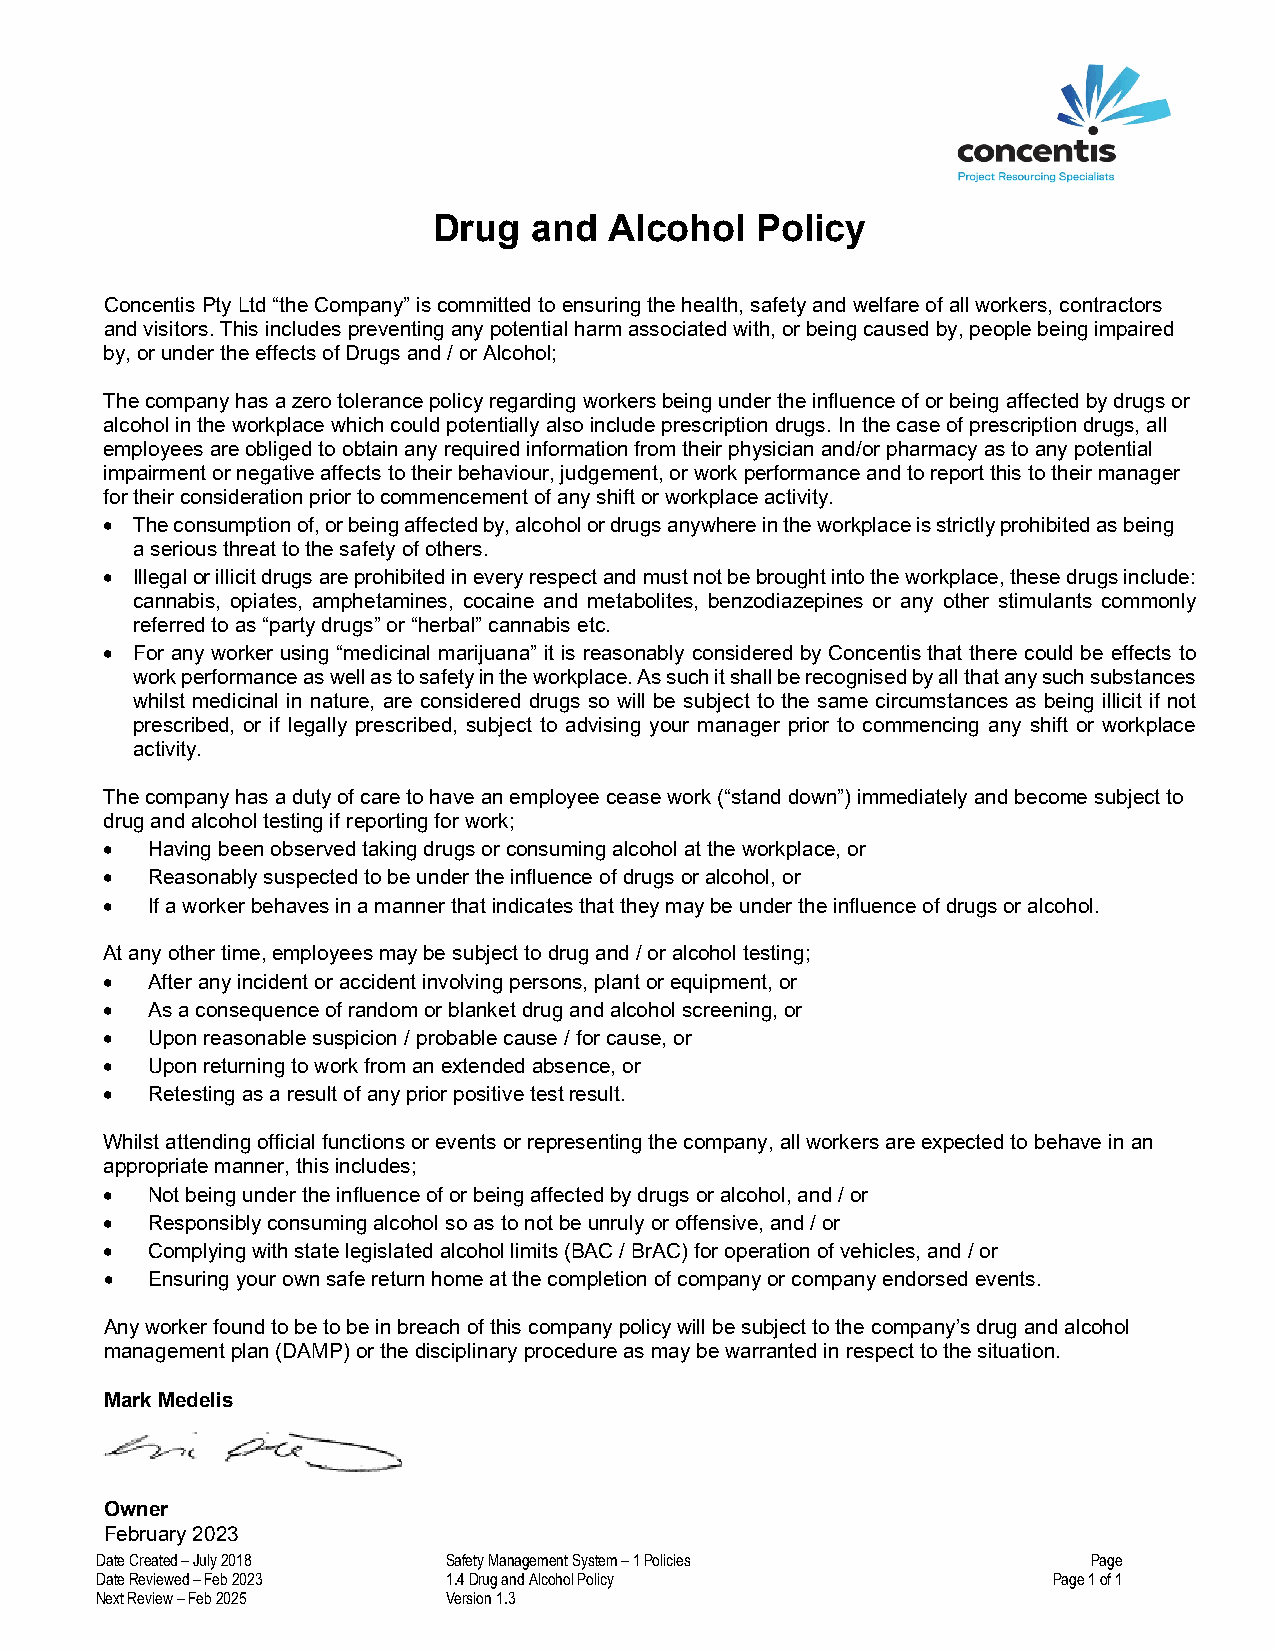
Drug  and  Alcohol   Policy
 Concentis Pty Ltd “the Company” is committed to ensuring the health, safety and welfare of all workers, contractors
 and visitors. This includes preventing any potential harm associated with, or being caused by, people being impaired
 by, or under the effects of Drugs and / or Alcohol;
 The company has a zero tolerance policy regarding workers being under the influence of or being affected by drugs or
 alcohol in the workplace which could potentially also include prescription drugs. In the case of prescription drugs, all
 employees are obliged to obtain any required information from their physician and/or pharmacy as to any potential
 impairment or negative affects to their behaviour, judgement, or work performance and to report this to their manager
 for their consideration prior to commencement of any shift or workplace activity.
 • The consumption of, or being affected by, alcohol or drugs anywhere in the workplace is strictly prohibited as being
 a serious threat to the safety of others.
 • Illegal or illicit drugs are prohibited in every respect and must not be brought into the workplace, these drugs include:
 cannabis, opiates, amphetamines, cocaine and metabolites, benzodiazepines or any other stimulants commonly
 referred to as “party drugs” or “herbal” cannabis etc.
 • For any worker using “medicinal marijuana” it is reasonably considered by Concentis that there could be effects to
 work performance as well as to safety in the workplace. As such it shall be recognised by all that any such substances
 whilst medicinal in nature, are considered drugs so will be subject to the same circumstances as being illicit if not
 prescribed, or if legally prescribed, subject to advising your manager prior to commencing any shift or workplace
 activity.
 The company has a duty of care to have an employee cease work (“stand down”) immediately and become subject to
 drug and alcohol testing if reporting for work;
 •  Having been observed taking drugs or consuming alcohol at the workplace, or
 •  Reasonably suspected to be under the influence of drugs or alcohol, or
 •  If a worker behaves in a manner that indicates that they may be under the influence of drugs or alcohol.
 At any other time, employees may be subject to drug and / or alcohol testing;
 •  After any incident or accident involving persons, plant or equipment, or
 •  As a consequence of random or blanket drug and alcohol screening, or
 •  Upon reasonable suspicion / probable cause / for cause, or
 •  Upon returning to work from an extended absence, or
 •  Retesting as a result of any prior positive test result.
 Whilst attending official functions or events or representing the company, all workers are expected to behave in an
 appropriate manner, this includes;
 •  Not being under the influence of or being affected by drugs or alcohol, and / or
 •  Responsibly consuming alcohol so as to not be unruly or offensive, and / or
 •  Complying with state legislated alcohol limits (BAC / BrAC) for operation of vehicles, and / or
 •  Ensuring your own safe return home at the completion of company or company endorsed events.
 Any worker found to be to be in breach of this company policy will be subject to the company’s drug and alcohol
 management plan (DAMP) or the disciplinary procedure as may be warranted in respect to the situation.
 Mark Medelis
 Owner
 February 2023
 Date Created – July 2018 Safety Management System – 1 Policies    Page
 Date Reviewed – Feb 2023 1.4 Drug and Alcohol Policy            Page 1 of 1
 Next Review – Feb 2025  Version 1.3